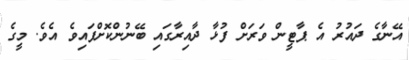
އޭނާގެ ދައުރު އެ ޕާޓީން ވަރަށް ފުޅާ ދާއިރާގައި ބޭނުންކޮށްފައިވެ އެވެ. މީގެ